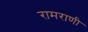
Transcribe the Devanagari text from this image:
रामराणी